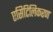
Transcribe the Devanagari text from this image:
एसिटिलिकरण